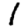
Digit: 1